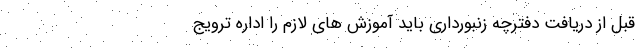
قبل از دریافت دفترچه زنبورداری باید آموزش های لازم را اداره ترویج